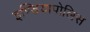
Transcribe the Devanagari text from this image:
इण्डियापोलिस